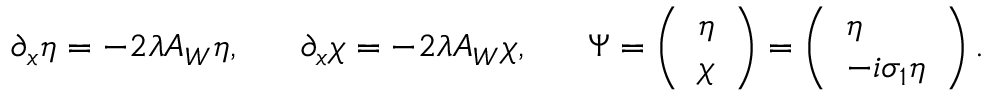
\partial _ { x } \eta = - 2 \lambda A _ { W } \eta , \, \, \, \, \, \, \, \, \, \, \partial _ { x } \chi = - 2 \lambda A _ { W } \chi , \, \, \, \, \, \, \, \, \, \, \Psi = \left( \begin{array} { l } { { \eta } } \\ { { \chi } } \end{array} \right) = \left( \begin{array} { l } { { \eta } } \\ { { - i \sigma _ { 1 } \eta } } \end{array} \right) .